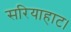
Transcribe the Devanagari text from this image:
सरियाहाट।